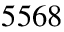
5 5 6 8